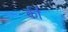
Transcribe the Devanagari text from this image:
की॑